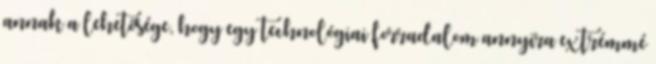
annak a lehetősége, hogy egy technológiai forradalom annyira extrémmé